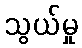
သွယ်မှု